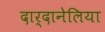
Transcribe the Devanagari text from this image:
दार्दानेलिया